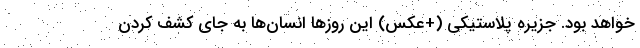
خواهد بود. جزیره پلاستیکی (+عکس) این روزها انسان‌ها به جای کشف کردن